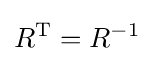
R^{\mathrm {T} }=R^{-1}